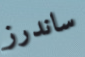
ساندرز